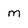
Character: m